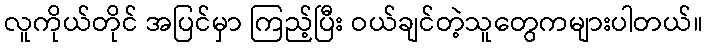
လူကိုယ်တိုင် အပြင်မှာ ကြည့်ပြီး ဝယ်ချင်တဲ့သူတွေကများပါတယ်။